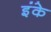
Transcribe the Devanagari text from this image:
इंके